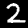
Label: 2